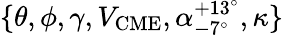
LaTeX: \{ \theta,\phi,\gamma,V_{\mathrm{CME}},\alpha_{-7^{\circ}}^{+13^{\circ}},\kappa\}